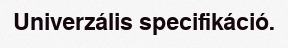
Univerzális specifikáció.